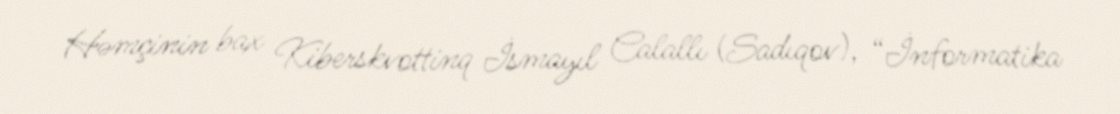
Həmçinin bax Kiberskvottinq İsmayıl Calallı (Sadıqov), “İnformatika